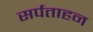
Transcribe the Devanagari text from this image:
सर्पताहन